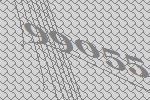
99055